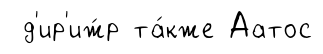
д'ир'иж́р та́кже Аатос